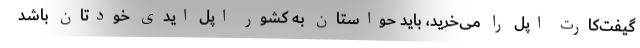
گیفت‌کارت اپل را می‌خرید، باید حواستان به کشور اپل ایدی خودتان باشد